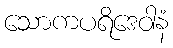
သောကပရိဒေဝါနံ